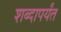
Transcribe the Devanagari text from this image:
शब्दापर्यंत